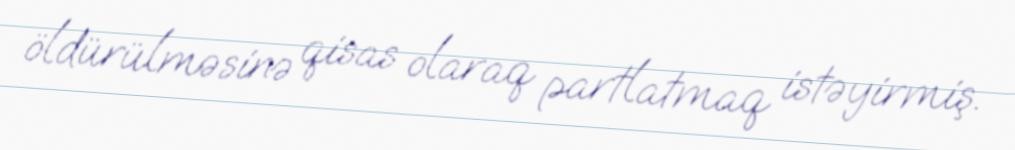
öldürülməsinə qisas olaraq partlatmaq istəyirmiş.